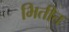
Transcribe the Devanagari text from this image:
भितीत